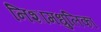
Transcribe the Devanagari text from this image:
निशामधुलिका